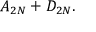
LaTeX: A _ { 2 N } + D _ { 2 N } .